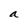
Character: a